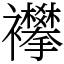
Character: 襻